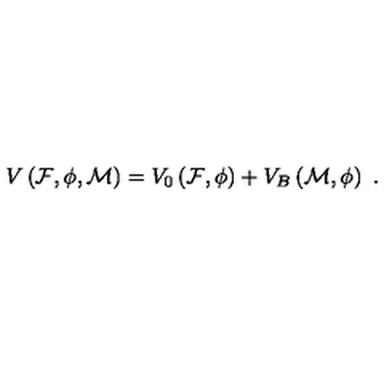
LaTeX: V \left( { \cal F } , { \cal \phi } , { \cal M } \right) = V _ { 0 } \left( { \cal F } , { \cal \phi } \right) + V _ { B } \left( { \cal M } , { \cal \phi } \right) \ .